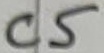
Text: C5